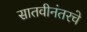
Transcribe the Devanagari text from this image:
सातवीनंतरचे